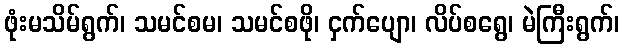
ဖုံးမသိမ်ရွက်၊ သမင်စမ၊ သမင်စဖို၊ ငှက်ပျော၊ လိပ်စရွေ၊ မဲကြီးရွက်၊